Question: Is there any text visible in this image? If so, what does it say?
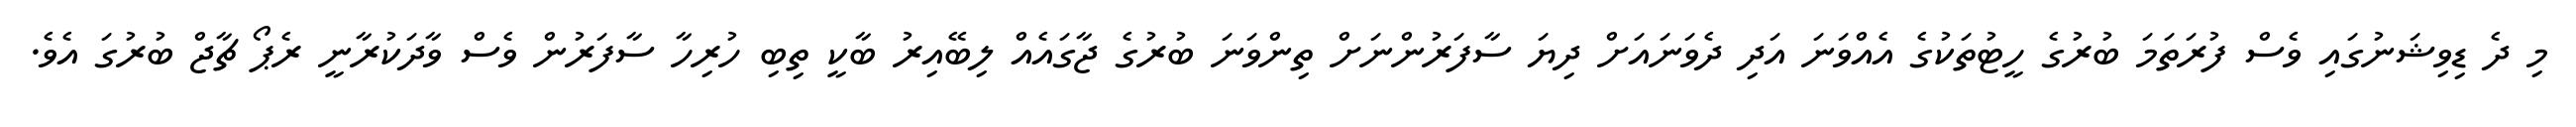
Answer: މި ދެ ޑިވިޝަނުގައި ވެސް ފުރަތަމަ ބުރުގެ ހީޓުތަކުގެ އެއްވަނަ އަދި ދެވަނައަށް ދިޔަ ސާފަރުންނަށް ތިންވަނަ ބުރުގެ ޖާގައެއް ލިބޭއިރު ބާކީ ތިބި ހުރިހާ ސާފަރުން ވެސް ވާދަކުރާނީ ރެޕޯ ޗާޖް ބުރުގަ އެވެ.